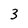
Character: 3